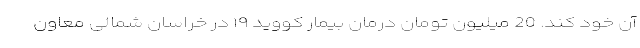
آن خود کند. 20 میلیون تومان درمان بیمار کووید ۱۹ در خراسان شمالی معاون